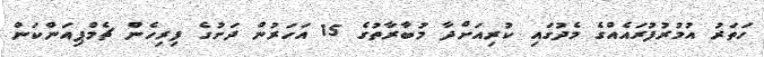
ހަތަރު އުމުރުފުރައެއްގެ މެދުގައި ކުރިއަށްދާ މުބާރާތުގެ 15 އަހަރުން ދަށުގެ ފިރިހެން ޗެމްޕިއަންކަން